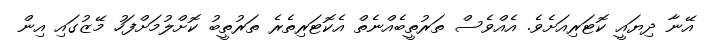
އޭނާ ދިޔައީ ކޮޓަރިއަށެވެ. އެއްވެސް ތަރުތީބެއްނެތް އެކޮޓަރިތެރެ ތަރުތީބު ކޮށްލުމަށްފަހު މޭޒުގައި އިން